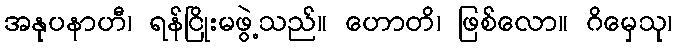
အနုပနာဟီ၊ ရန်ငြိုးမဖွဲ့သည်။ ဟောတိ၊ ဖြစ်လော။ ဂိမှေသု၊